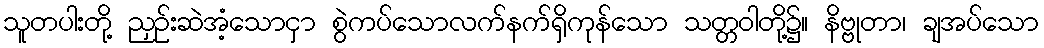
သူတပါးတို့ ညှဉ်းဆဲအံ့သောငှာ စွဲကပ်သောလက်နက်ရှိကုန်သော သတ္တဝါတို့၌။ နိဗ္ဗုတာ၊ ချအပ်သော